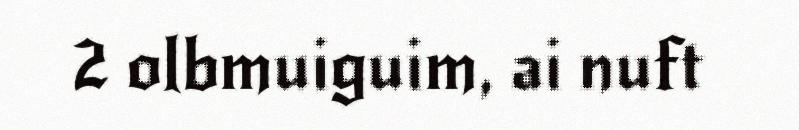
2 olbmuiguim, ai nuft